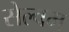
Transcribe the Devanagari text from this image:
सेल्वम